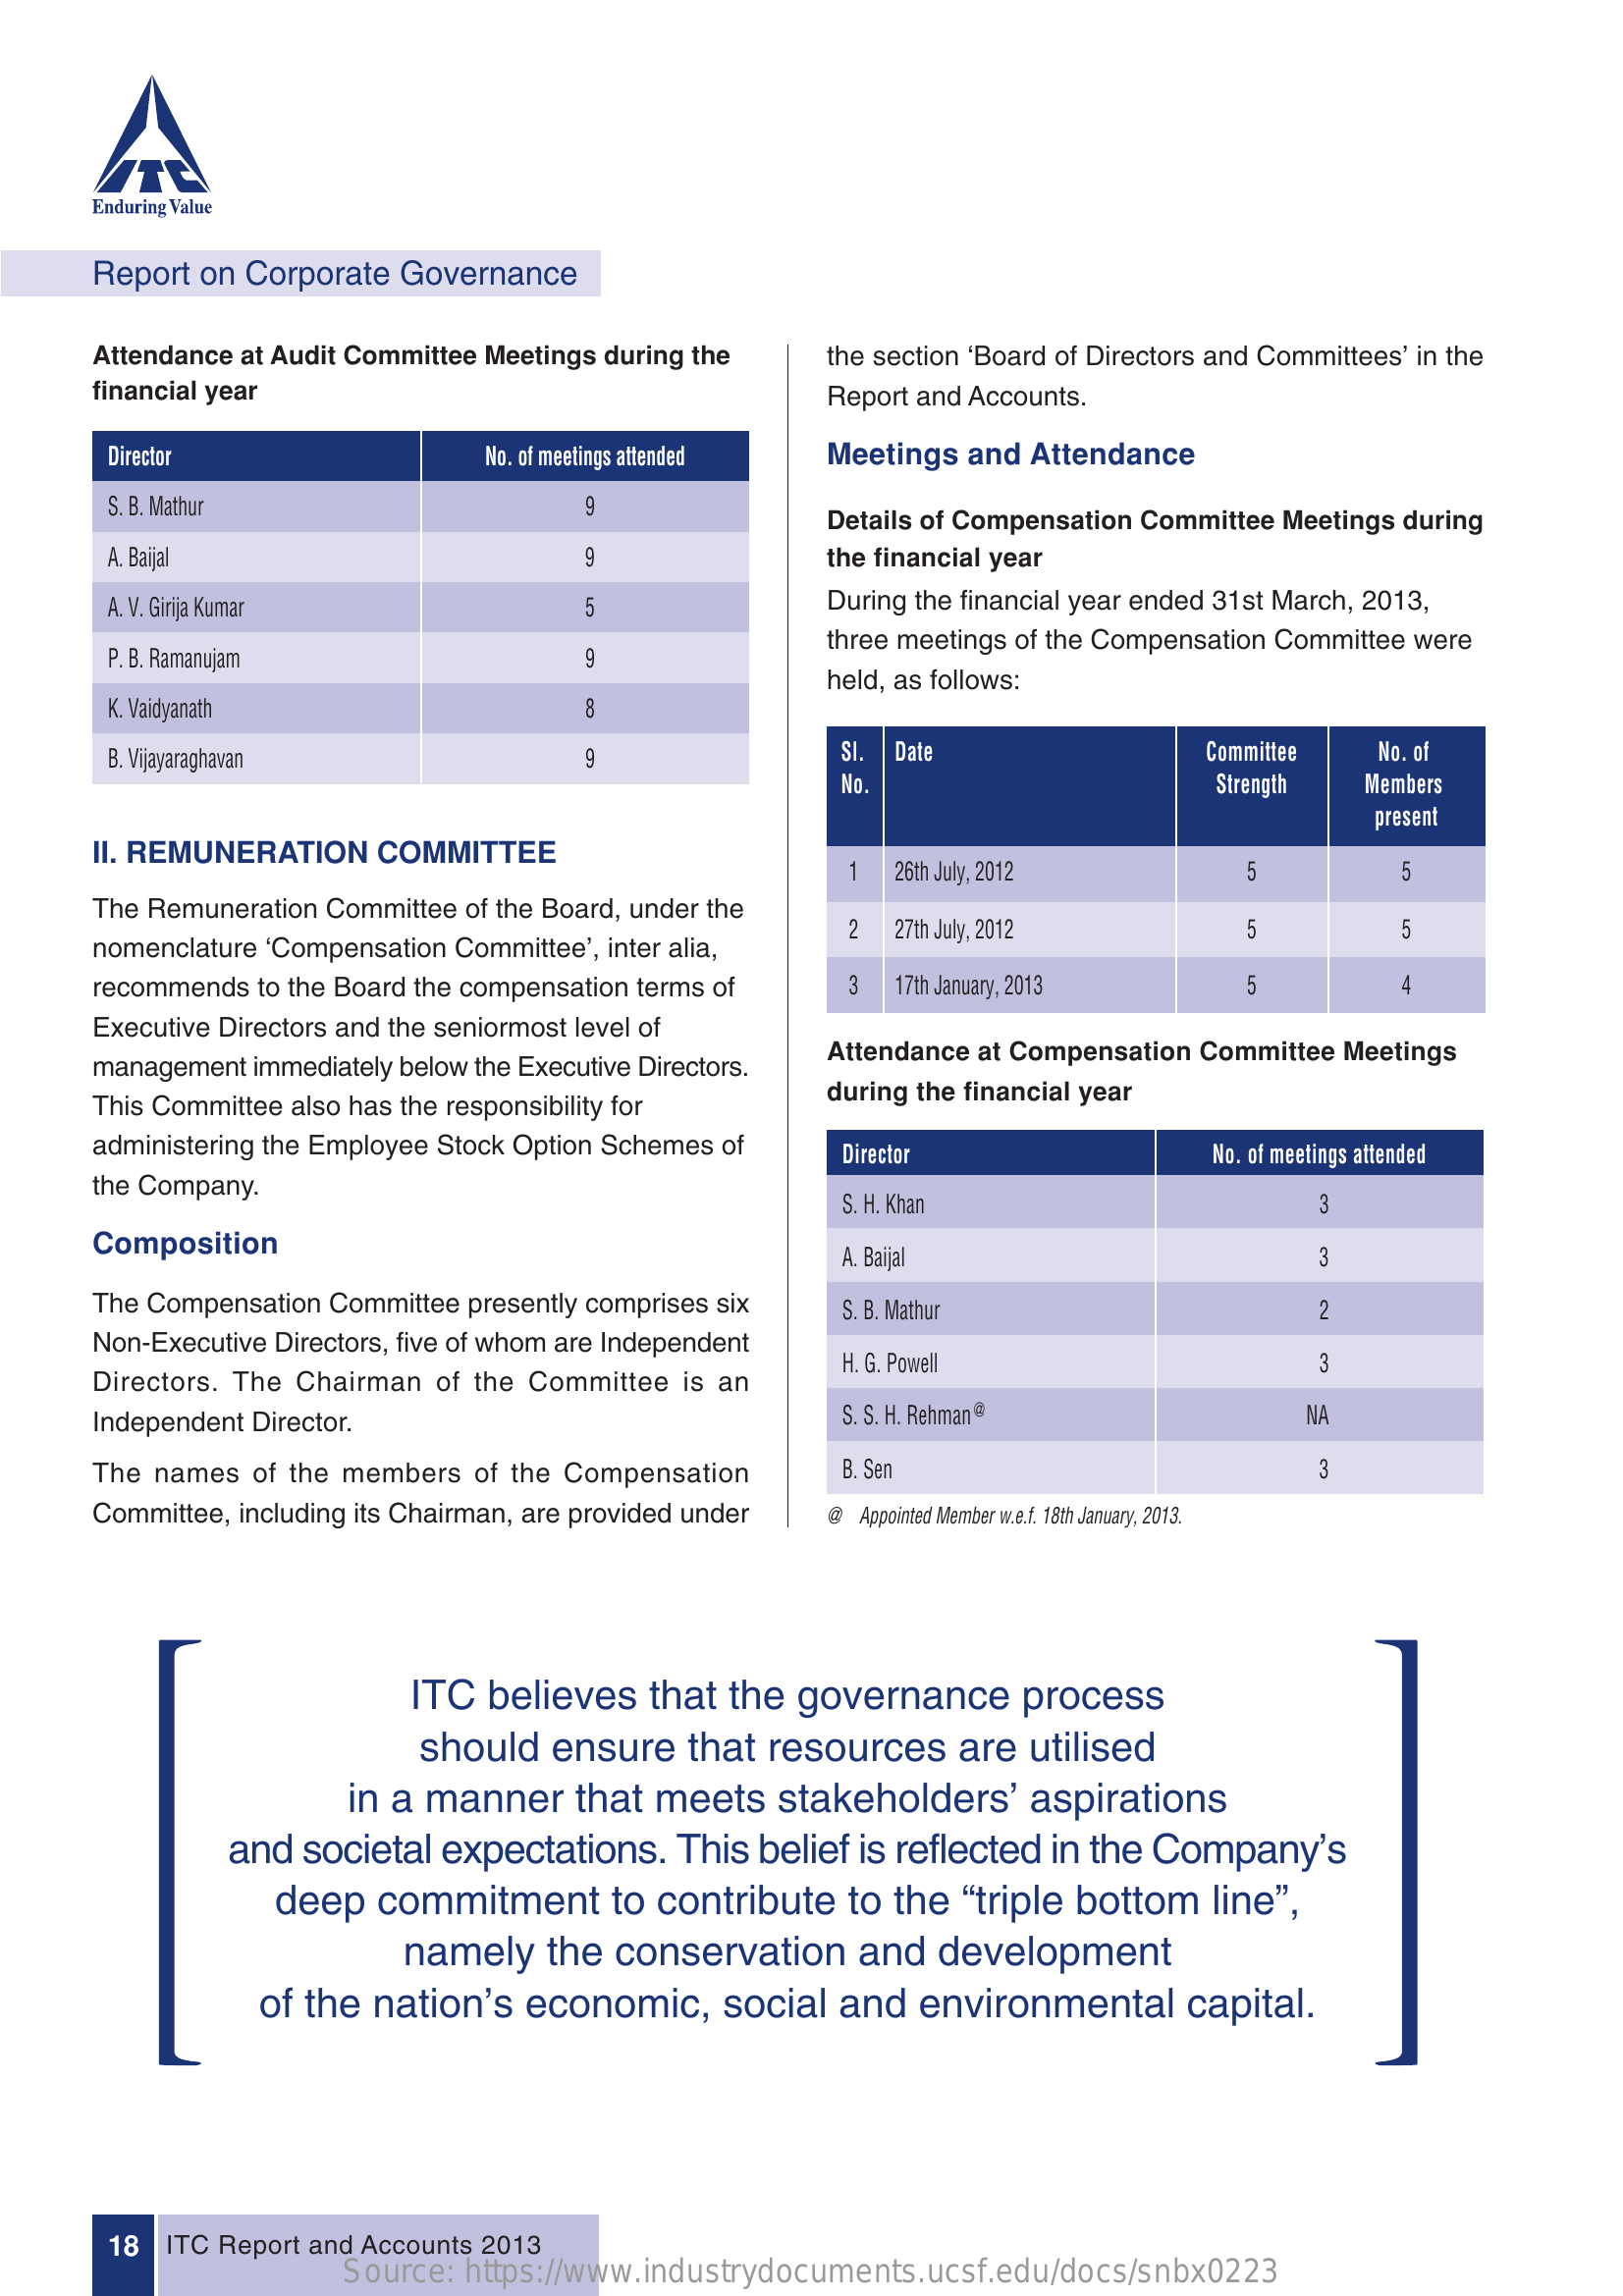
Enduring Value
     Report on Corporate Governance
     Attendance at Audit Committee Meetings during the the section ‘Board of Directors and Committees’ in the
     financial year    Report and Accounts.
     Director    No. of meetings attended Meetings and Attendance
     S. B. Mathur    9
     Details of Compensation Committee Meetings during
     A. Baijal    9    the financial year
     A. V. Girija Kumar    5    During the financial year ended 31st March, 2013,
     P. B. Ramanujam    9
     three meetings of the Compensation Committee were
     held, as follows:
     K. Vaidyanath    8
     B. Vijayaraghavan    9    Sl. Date    Committee  No. of
     No.    Strength  Members
     present
     II. REMUNERATION  COMMITTEE
     1  26th July, 2012    5    5
     The Remuneration Committee of the Board, under the
     nomenclature ‘Compensation Committee’, inter alia,
     2  27th July, 2012    5    5
     recommends to the Board the compensation terms of 3 17th January, 2013   5    4
     Executive Directors and the seniormost level of
     management immediately below the Executive Directors.
     Attendance at Compensation Committee Meetings
     This Committee also has the responsibility for
     during the financial year
     administering the Employee Stock Option Schemes of Director    No. of meetings attended
     the Company.
     S. H. Khan    3
     Composition
     A. Baijal    3
     The Compensation Committee presently comprises six S. B. Mathur    2
     Non-Executive Directors, five of whom are Independent
     Directors. The Chairman of the Committee is an
     H. G. Powell    3
     Independent Director.    S. S. H. Rehman @    NA
     The names  of the members of the Compensation    B. Sen    3
     Committee, including its Chairman, are provided under @ Appointed Member w.e.f. 18th January, 2013.
     ITC  believes  that the  governance    process
     should   ensure   that resources   are  utilised
     in a manner   that  meets  stakeholders’    aspirations
     and  societal expectations.  This belief is reflected in the Company’s
     deep   commitment    to contribute  to the “triple bottom  line”,
     namely    the conservation    and  development
     of the  nation’s economic,    social and  environmental    capital.
     18 ITC Report and Accounts 2013
     Source: https://www.industrydocuments.ucsf.edu/docs/snbx0223